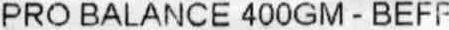
PRO BALANCE 400GM - BEFF